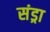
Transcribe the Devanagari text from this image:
संड्रा